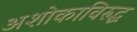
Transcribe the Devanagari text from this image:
अशोकाविरुद्ध